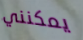
يمكنني